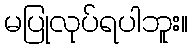
မပြုလုပ်ရပါဘူး။